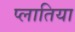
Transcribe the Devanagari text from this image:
प्लातिया